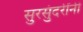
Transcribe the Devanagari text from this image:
सुरसुंदरींनी